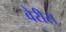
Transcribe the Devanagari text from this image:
वेरीस्